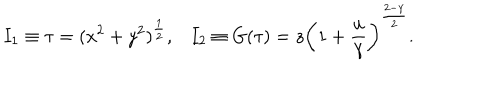
LaTeX: I _ { 1 } \equiv \tau = ( x ^ { 2 } + y ^ { 2 } ) ^ { \frac { 1 } { 2 } } , I _ { 2 } \equiv G ( \tau ) = z \left( 1 + { \frac { u } { \gamma } } \right) ^ { \frac { 2 - \gamma } { 2 } } .